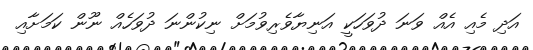
އަދި މެއި އެއް ވަނަ ދުވަހަކީ އަނިޔާވެރިވުމަށް ނިކުންނަ ދުވަހެއް ނޫން ކަމަށާއި